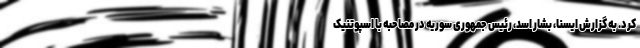
کرد. به گزارش ایسنا، بشار اسد، رئیس جمهوری سوریه در مصاحبه با اسپوتنیک